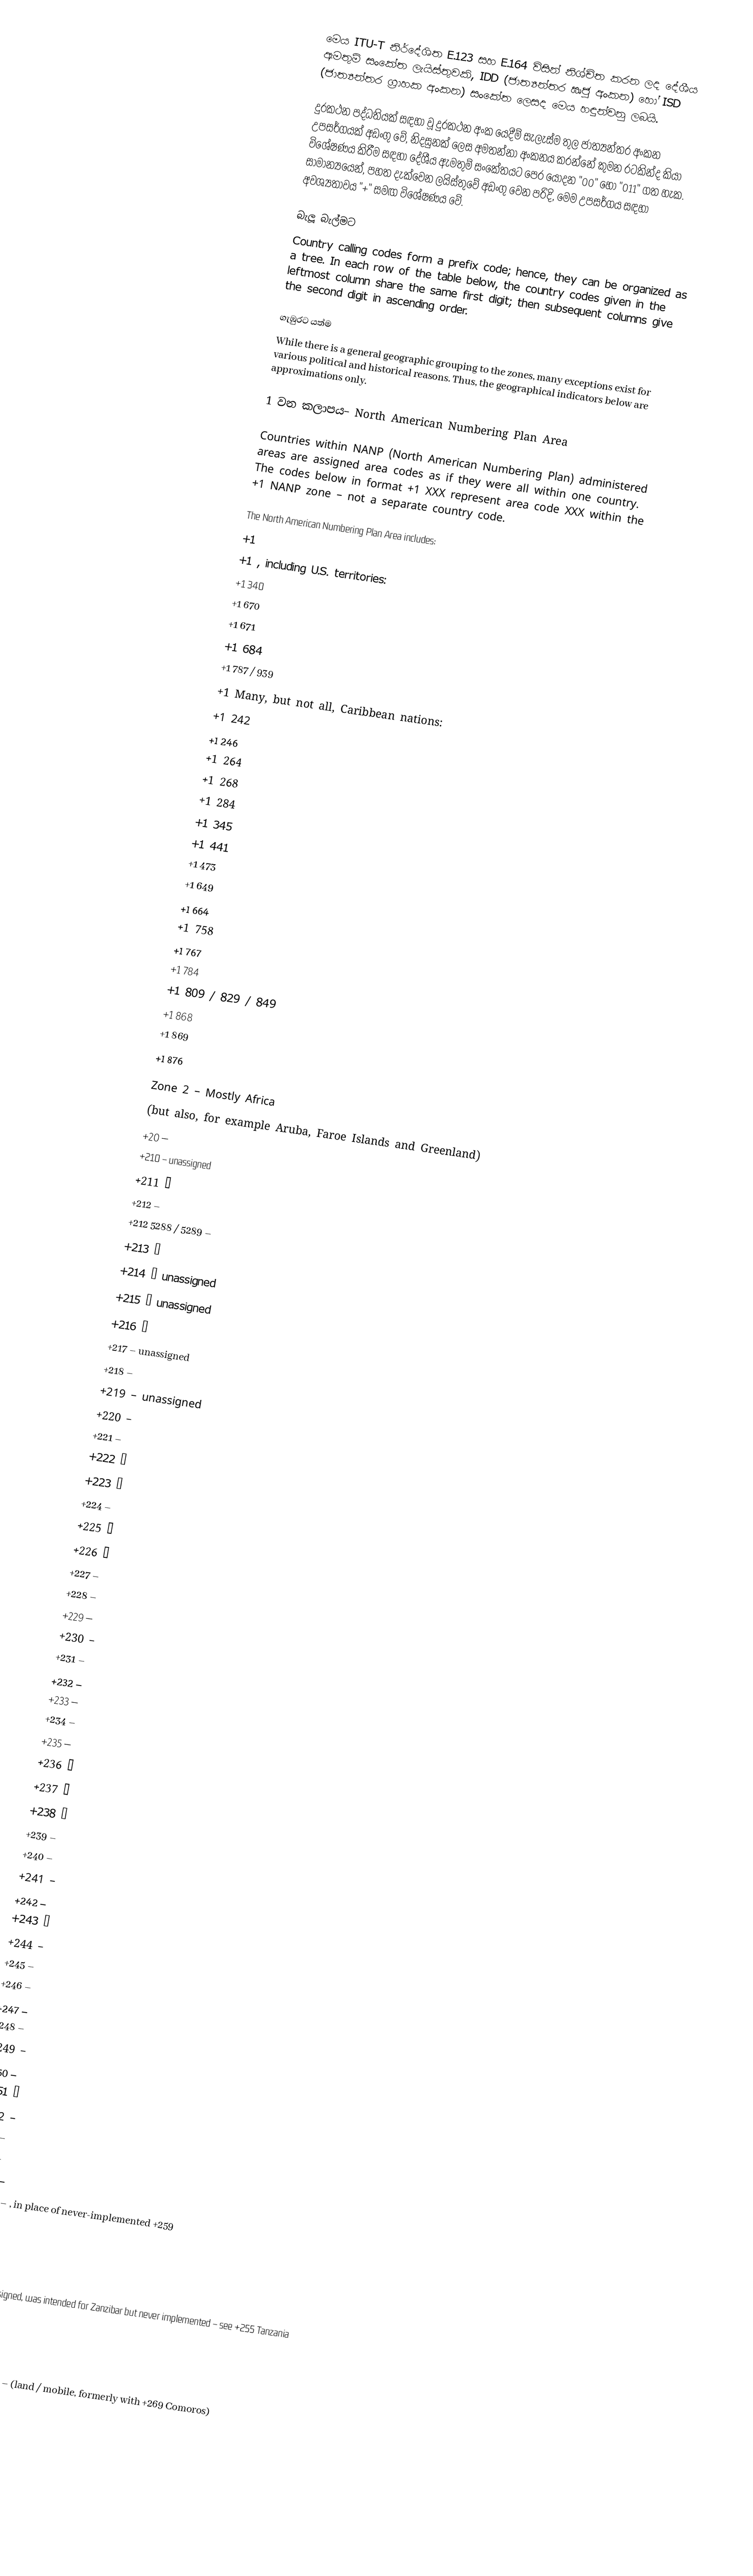
මෙය ITU-T නිර්දේශිත E.123 සහ E.164 විසින් නිශ්චිත කරන ලද දේශීය ඇමතුම් සංකේත ලැයිස්තුවකි, IDD (ජාත්‍යන්තර ඍජු අංකන) හෝ ISD (ජාත්‍යන්තර ග්‍රාහක අංකන) සංකේත ලෙසද මෙය හඳුන්වනු ලබයි.

දුරකථන පද්ධතියක් සඳහා වූ දුරකථන අංක යෙදීම් සැලැස්ම තුල ජාත්‍යන්තර අංකන උපසර්ගයක් අඩංගු වේ, නිදසුනක් ලෙස අමතන්නා අංකනය කරන්නේ කුමන රටකින්ද කියා විශේෂණය කිරීම සඳහා දේශීය ඇමතුම් සංකේතයට පෙර යොදන "00" හෝ "011" ගත හැක. සාමාන්‍යයෙන්, පහත දැක්වෙන ලයිස්තුවේ අඩංගු වෙන පරිදි, මෙම උපසර්ගය සඳහා අවශ්‍යතාවය "+" සමඟ විශේෂණය වේ.

බැලූ බැල්මට
Country calling codes form a prefix code; hence, they can be organized as a tree. In each row of the table below, the country codes given in the leftmost column share the same first digit; then subsequent columns give the second digit in ascending order.

ගැඹුරට යත්ම
While there is a general geographic grouping to the zones, many exceptions exist for various political and historical reasons. Thus, the geographical indicators below are approximations only.

1 වන කලාපය– North American Numbering Plan Area

Countries within NANP (North American Numbering Plan) administered areas are assigned area codes as if they were all within one country. The codes below in format +1 XXX represent area code XXX within the +1 NANP zone – not a separate country code.

The North American Numbering Plan Area includes:
+1
+1 , including U.S. territories:
+1 340
+1 670
+1 671
+1 684
+1 787 / 939
+1 Many, but not all, Caribbean nations:
+1 242
+1 246
+1 264
+1 268
+1 284
+1 345
+1 441
+1 473
+1 649
+1 664
+1 758
+1 767
+1 784
+1 809 / 829 / 849
+1 868
+1 869
+1 876

Zone 2 – Mostly Africa
(but also, for example Aruba, Faroe Islands and Greenland)
+20 –
+210 – unassigned
+211 –
+212 –
+212 5288 / 5289 –
+213 –
+214 – unassigned
+215 – unassigned
+216 –
+217 – unassigned
+218 –
+219 – unassigned
+220 –
+221 –
+222 –
+223 –
+224 –
+225 –
+226 –
+227 –
+228 –
+229 –
+230 –
+231 –
+232 –
+233 –
+234 –
+235 –
+236 –
+237 –
+238 –
+239 –
+240 –
+241 –
+242 –
+243 –
+244 –
+245 –
+246 –
+247 –
+248 –
+249 –
+250 –
+251 –
+252 –
+253 –
+254 –
+255 –
+255 24 – , in place of never-implemented +259
+256 –
+257 –
+258 –
+259 – unassigned, was intended for Zanzibar but never implemented – see +255 Tanzania
+260 –
+261 –
+262 –
+262 269 / 639 –  (land / mobile, formerly with +269 Comoros)
+263 –
+264 –
+265 –
+266 –
+267 –